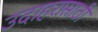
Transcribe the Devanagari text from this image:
उदाहरासाठी